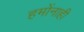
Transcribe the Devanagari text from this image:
हमोंनाही